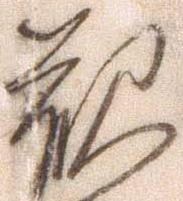
観